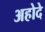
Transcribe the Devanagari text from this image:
अहोदे